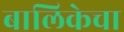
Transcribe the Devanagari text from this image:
बालिकेचा